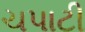
ચપાટી